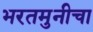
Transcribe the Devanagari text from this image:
भरतमुनीचा